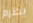
يحترم